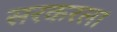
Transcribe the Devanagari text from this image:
सरकरला